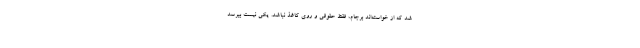
شد که از خواسته‌اند برجام، فقط حقوقی و روی کاغذ نباشد. یکی نیست بپرسد